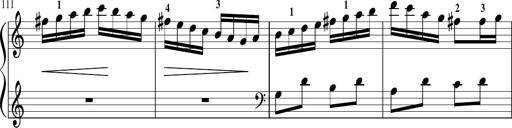
Title: Sonatina in G major
Composer: Friedrich Kuhlau
Key: G major